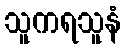
သူကရသူနံ